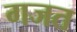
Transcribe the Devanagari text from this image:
गजत